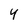
Character: Y